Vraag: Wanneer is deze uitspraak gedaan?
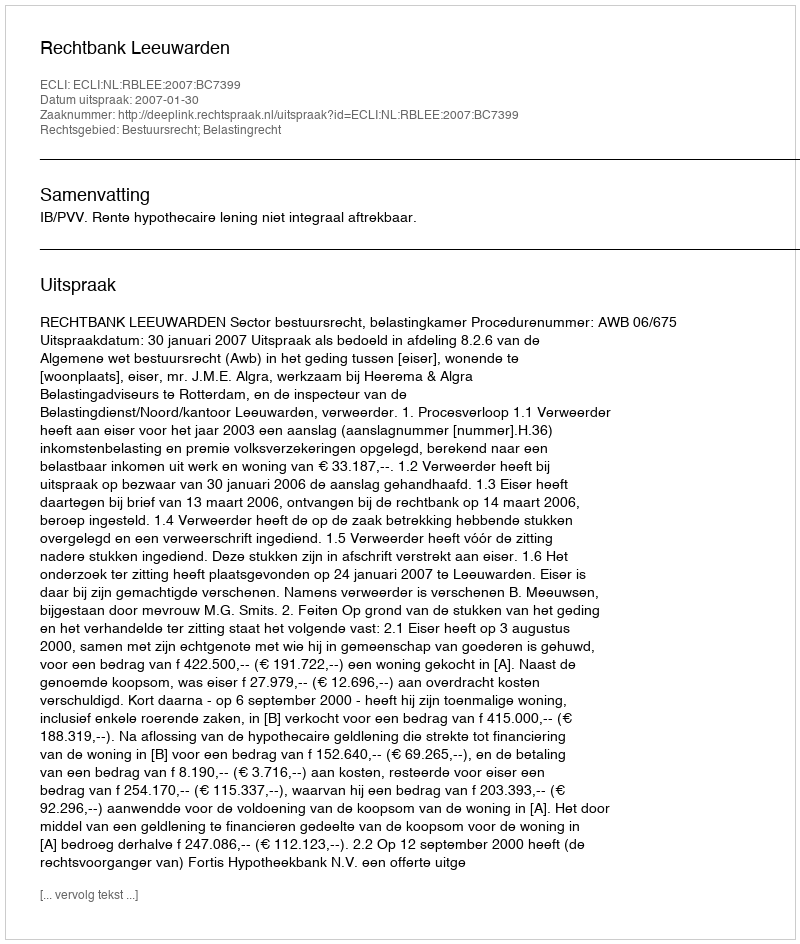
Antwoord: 2007-01-30